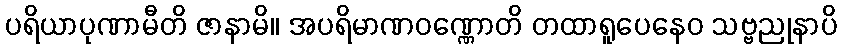
ပရိယာပုဏာမီတိ ဇာနာမိ။ အပရိမာဏဝဏ္ဏောတိ တထာရူပေနေဝ သဗ္ဗညုနာပိ